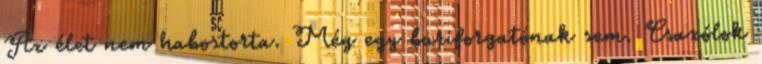
Az élet nem habostorta. Még egy buriforgatónak sem. Csaxólok